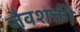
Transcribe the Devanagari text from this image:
जैवशक्ती